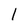
Character: l